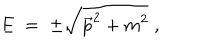
LaTeX: E \; = \; \pm \sqrt { \vec { p } ^ { 2 } + m ^ { 2 } } \; ,